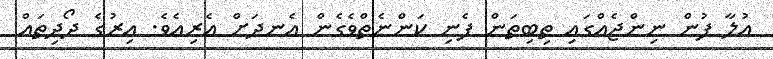
އުލާ ފުން ނިންޖެއްގައި ތިބިތަން ފެނި ކަންނެތްވެގެން އެނދަށް އެރިއެވެ. އިރުގެ ދޯދިތައް